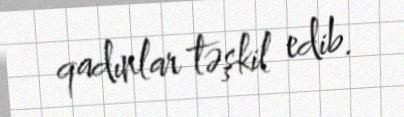
qadınlar təşkil edib.